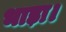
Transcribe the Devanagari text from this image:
भाड़ा।